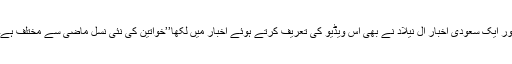
اور ایک سعودی اخبار ال نیلاد نے بھی اس ویڈیو کی تعریف کرتے ہوئے اخبار میں لکھا’’خواتین کی نئی نسل ماضی سے مختلف ہے۔